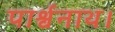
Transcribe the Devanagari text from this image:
पार्श्वनाथ।